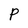
Character: P